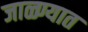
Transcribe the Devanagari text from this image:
जाळ्ण्यात